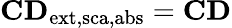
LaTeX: \mathbf{CD}_{\mathrm{{ext,sca,abs}}}=\mathbf{CD}